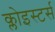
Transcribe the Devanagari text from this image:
क्लोइस्टर्स